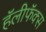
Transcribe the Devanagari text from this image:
हॅलीफॅक्स